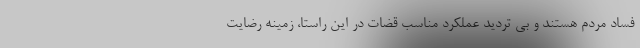
فساد مردم هستند و بی تردید عملکرد مناسب قضات در این راستا، زمینه رضایت